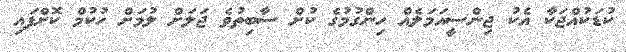
ކުޑަކުއްޖަކާ އެކު ޖިންސީއަމަލެއް ހިންގުމުގެ ކުށް ސާބިތުވެ ޖަލަށް ލުމަށް ހުކުމް ކޮށްފައި